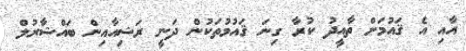
އާއި އެ ޤައުމަށް ތާއީދު ކުރާ ގިނަ ޤައުމުތަކުން ދަނީ ރަޝިއާއިން ބައްޝާރުލް